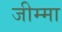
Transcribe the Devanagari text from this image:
जीम्मा